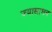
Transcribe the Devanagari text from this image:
ज्यासाधन